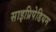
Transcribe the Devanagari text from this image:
साइप्रिपेडियम